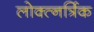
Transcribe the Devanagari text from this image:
लोक्त्नर्त्रिक